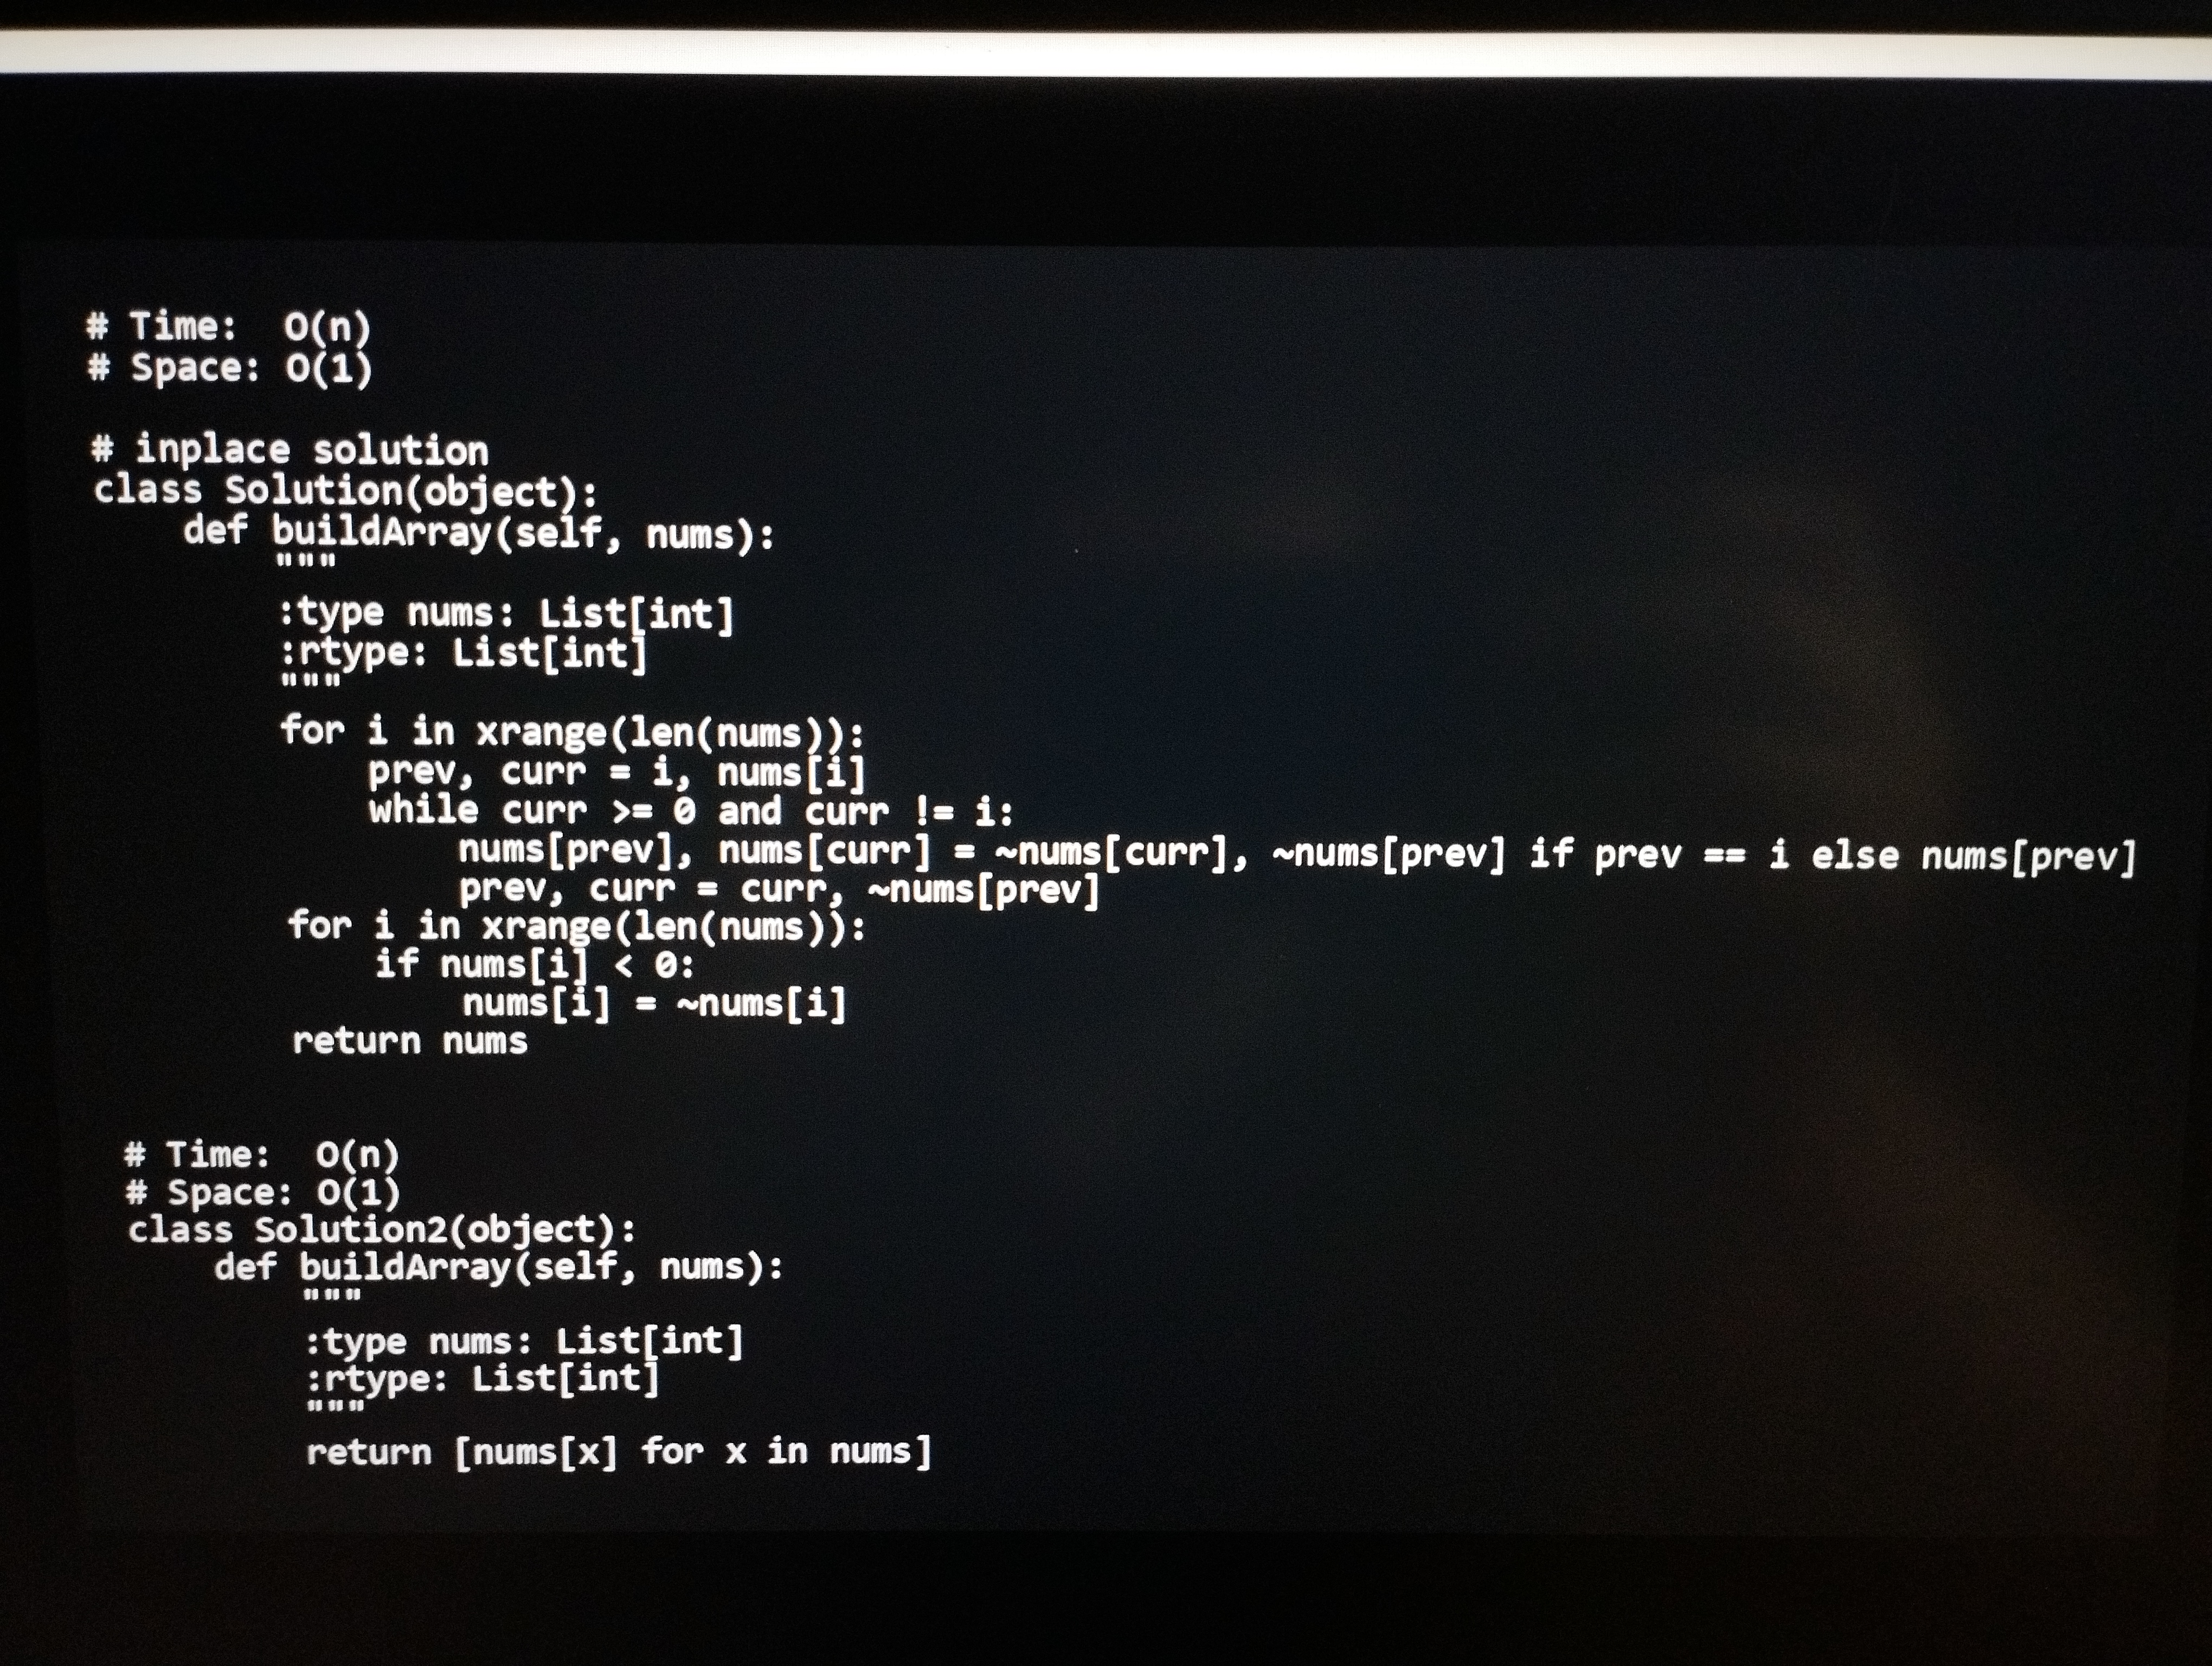
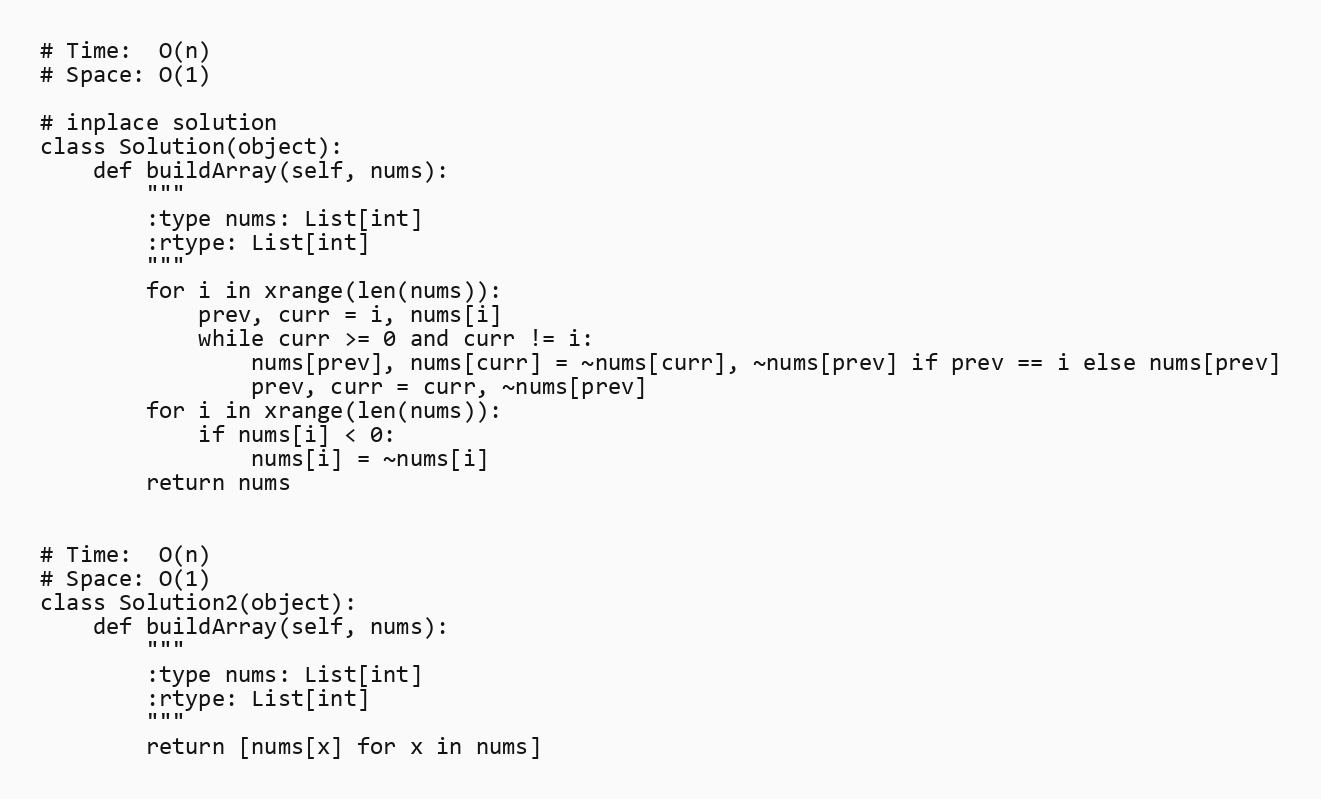
# Time:  O(n)
# Space: O(1)

# inplace solution
class Solution(object):
    def buildArray(self, nums):
        """
        :type nums: List[int]
        :rtype: List[int]
        """
        for i in xrange(len(nums)):
            prev, curr = i, nums[i]
            while curr >= 0 and curr != i:
                nums[prev], nums[curr] = ~nums[curr], ~nums[prev] if prev == i else nums[prev]
                prev, curr = curr, ~nums[prev]
        for i in xrange(len(nums)):
            if nums[i] < 0:
                nums[i] = ~nums[i]
        return nums

# Time:  O(n)
# Space: O(1)
class Solution2(object):
    def buildArray(self, nums):
        """
        :type nums: List[int]
        :rtype: List[int]
        """
        return [nums[x] for x in nums]